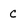
Character: C